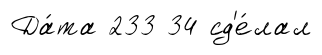
Да́та 233 34 сд'е́лал